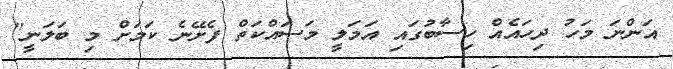
އަންނަ މަހު ދިހައެއް ހިސާބުގައި އަމަލީ މަސައްކަތް ފެށޭނެ ކަމަށް މި ބަލަނީ"